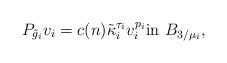
LaTeX: \begin{align*}P_{\tilde g_i} v_i=c(n)\tilde \kappa_i^{\tau_i}v_i^{p_i} \mbox{in }B_{3/\mu_i},\end{align*}